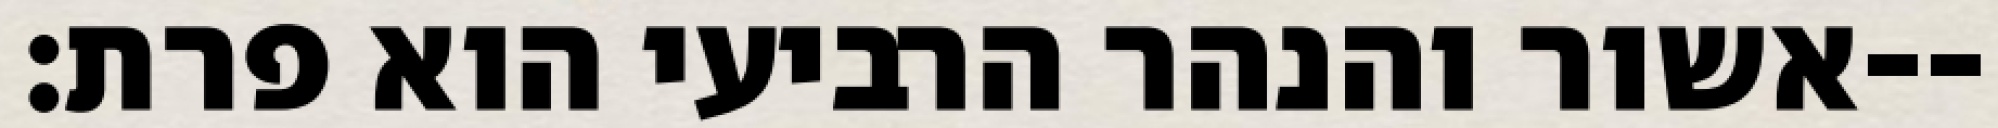
אשור והנהר הרביעי הוא פרת׃--